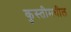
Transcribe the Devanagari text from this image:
कुस्तीमधील